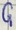
Text: G